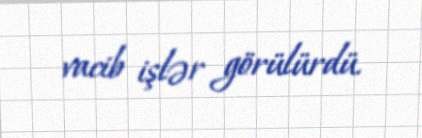
vacib işlər görülürdü.